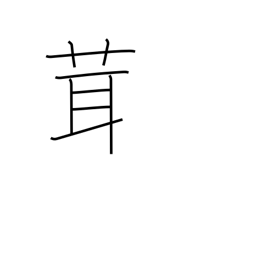
Meaning: mushroom